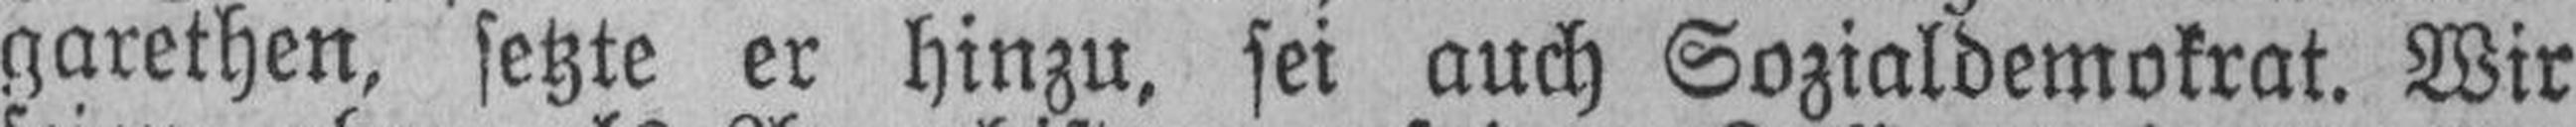
garethen, setzte er hinzu, sei auch Sozialdemokrat. Wir